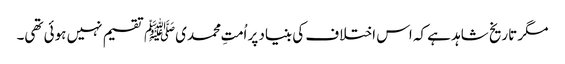
مگر تاریخ شاہد ہے کہ اس اختلاف کی بنیاد پر اُمتِ محمدیﷺ تقسیم نہیں ہوئی تھی۔